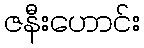
ဇနီးဟောင်း